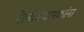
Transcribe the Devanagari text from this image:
रेल्वेस्थानकांना